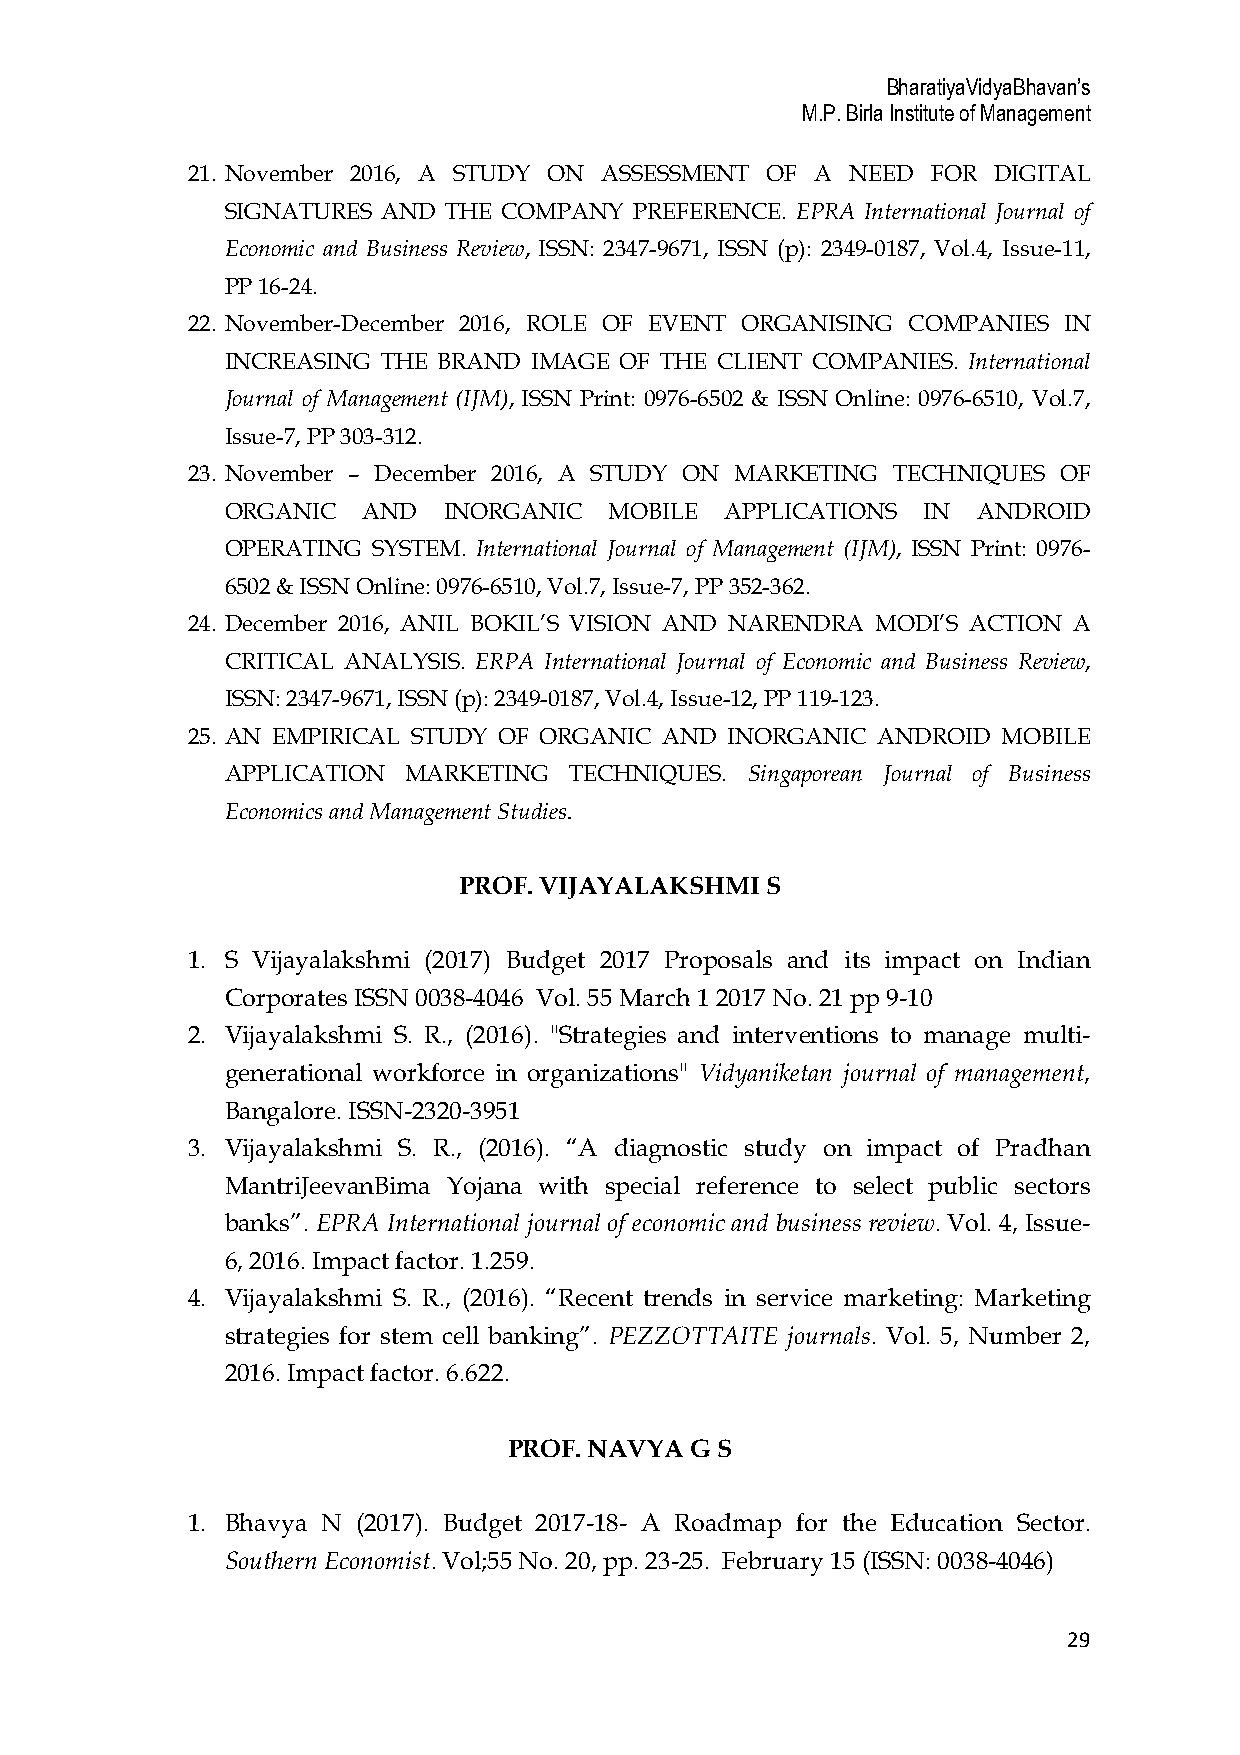
BharatiyaVidyaBhavan’s
 M.P. Birla Institute of Management
 21. November 2016, A STUDY ON ASSESSMENT OF A NEED FOR DIGITAL
 SIGNATURES AND THE COMPANY PREFERENCE. EPRA International Journal of
 Economic and Business Review, ISSN: 2347-9671, ISSN (p): 2349-0187, Vol.4, Issue-11,
 PP 16-24.
 22. November-December 2016, ROLE OF EVENT ORGANISING COMPANIES IN
 INCREASING THE BRAND IMAGE OF THE CLIENT COMPANIES. International
 Journal of Management (IJM), ISSN Print: 0976-6502 & ISSN Online: 0976-6510, Vol.7,
 Issue-7, PP 303-312.
 23. November – December 2016, A STUDY ON MARKETING TECHNIQUES OF
 ORGANIC  AND  INORGANIC  MOBILE  APPLICATIONS IN  ANDROID
 OPERATING SYSTEM. International Journal of Management (IJM), ISSN Print: 0976-
 6502 & ISSN Online: 0976-6510, Vol.7, Issue-7, PP 352-362.
 24. December 2016, ANIL BOKIL’S VISION AND NARENDRA MODI’S ACTION A
 CRITICAL ANALYSIS. ERPA International Journal of Economic and Business Review,
 ISSN: 2347-9671, ISSN (p): 2349-0187, Vol.4, Issue-12, PP 119-123.
 25. AN EMPIRICAL STUDY OF ORGANIC AND INORGANIC ANDROID MOBILE
 APPLICATION MARKETING  TECHNIQUES. Singaporean Journal of Business
 Economics and Management Studies.
 PROF. VIJAYALAKSHMI  S
 1. S Vijayalakshmi (2017) Budget 2017 Proposals and its impact on Indian
 Corporates ISSN 0038-4046 Vol. 55 March 1 2017 No. 21 pp 9-10
 2. Vijayalakshmi S. R., (2016). "Strategies and interventions to manage multi-
 generational workforce in organizations" Vidyaniketan journal of management,
 Bangalore. ISSN-2320-3951
 3. Vijayalakshmi S. R., (2016). “A diagnostic study on impact of Pradhan
 MantriJeevanBima Yojana with special reference to select public sectors
 banks”. EPRA International journal of economic and business review. Vol. 4, Issue-
 6, 2016. Impact factor. 1.259.
 4. Vijayalakshmi S. R., (2016). “Recent trends in service marketing: Marketing
 strategies for stem cell banking”. PEZZOTTAITE journals. Vol. 5, Number 2,
 2016. Impact factor. 6.622.
 PROF. NAVYA G S
 1. Bhavya N (2017). Budget 2017-18- A Roadmap for the Education Sector.
 Southern Economist. Vol;55 No. 20, pp. 23-25. February 15 (ISSN: 0038-4046)
 29